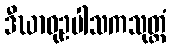
ဒီဃာဝုဥပါသကသုတ္တံ